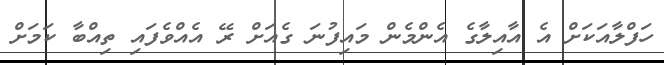
ހަފްލާއަކަށް އެ އާއިލާގެ އެންމެން މައިފުނަ ގެއަށް ރޭ އެއްވެފައި ތިއްބާ ކަމަށް